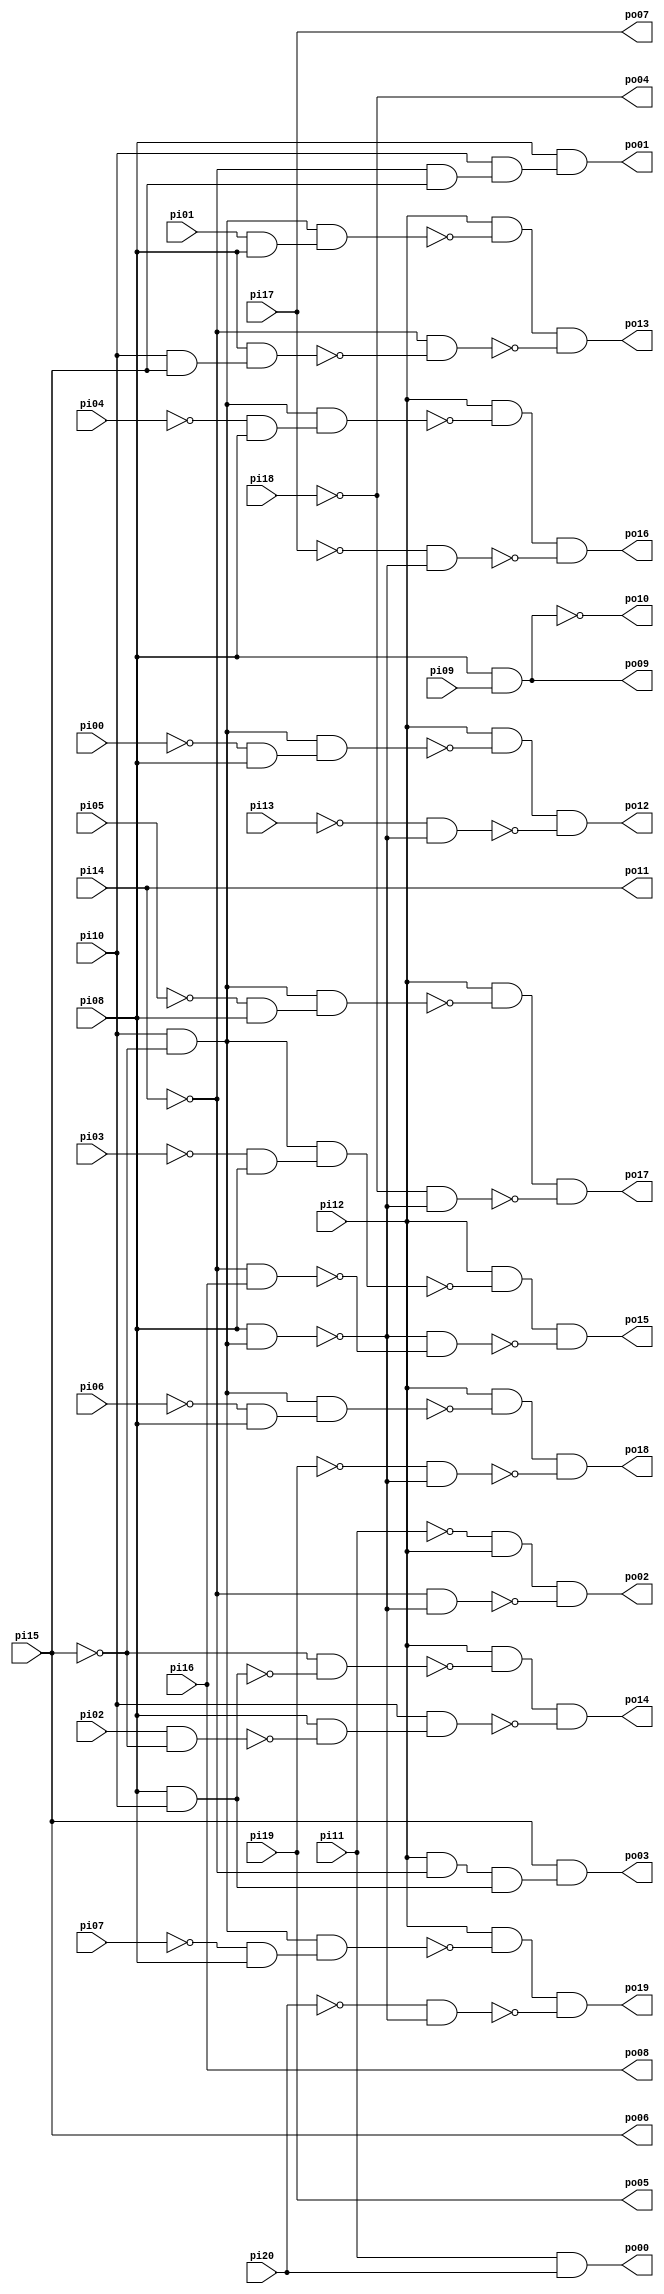
// Benchmark "cc" written by ABC on Sun Apr 22 21:42:59 2018

module cc ( 
    pi00, pi01, pi02, pi03, pi04, pi05, pi06, pi07, pi08, pi09, pi10, pi11,
    pi12, pi13, pi14, pi15, pi16, pi17, pi18, pi19, pi20,
    po00, po01, po02, po03, po04, po05, po06, po07, po08, po09, po10, po11,
    po12, po13, po14, po15, po16, po17, po18, po19  );
  input  pi00, pi01, pi02, pi03, pi04, pi05, pi06, pi07, pi08, pi09,
    pi10, pi11, pi12, pi13, pi14, pi15, pi16, pi17, pi18, pi19, pi20;
  output po00, po01, po02, po03, po04, po05, po06, po07, po08, po09, po10,
    po11, po12, po13, po14, po15, po16, po17, po18, po19;
  wire n43, n44, n46, n47, n48, n49, n51, n52, n53, n56, n57, n58, n59, n61,
    n62, n63, n64, n65, n66, n68, n69, n70, n71, n72, n74, n75, n76, n77,
    n78, n80, n81, n82, n83, n85, n86, n87, n88, n90, n91, n92, n93, n95,
    n96, n97, n98;
  assign po00 = pi11 & pi20;
  assign n43 = ~pi14 & pi15;
  assign n44 = pi10 & n43;
  assign po01 = pi08 & n44;
  assign n46 = pi10 & ~pi15;
  assign n47 = pi08 & n46;
  assign n48 = ~pi11 & pi12;
  assign n49 = ~pi14 & ~n47;
  assign po02 = n48 & ~n49;
  assign n51 = pi12 & ~pi14;
  assign n52 = pi08 & pi10;
  assign n53 = n51 & n52;
  assign po03 = pi15 & n53;
  assign po09 = pi08 & pi09;
  assign n56 = ~pi00 & pi08;
  assign n57 = n46 & n56;
  assign n58 = pi12 & ~n57;
  assign n59 = ~pi13 & ~n47;
  assign po12 = n58 & ~n59;
  assign n61 = pi10 & pi15;
  assign n62 = pi08 & n61;
  assign n63 = pi01 & pi08;
  assign n64 = n46 & n63;
  assign n65 = pi12 & ~n64;
  assign n66 = ~pi14 & ~n62;
  assign po13 = n65 & ~n66;
  assign n68 = pi02 & ~pi15;
  assign n69 = ~pi15 & ~n52;
  assign n70 = pi12 & ~n69;
  assign n71 = pi08 & ~n68;
  assign n72 = pi10 & n71;
  assign po14 = n70 & ~n72;
  assign n74 = ~pi03 & pi08;
  assign n75 = n46 & n74;
  assign n76 = pi12 & ~n75;
  assign n77 = ~pi14 & pi16;
  assign n78 = ~n47 & ~n77;
  assign po15 = n76 & ~n78;
  assign n80 = ~pi04 & pi08;
  assign n81 = n46 & n80;
  assign n82 = pi12 & ~n81;
  assign n83 = ~pi17 & ~n47;
  assign po16 = n82 & ~n83;
  assign n85 = ~pi05 & pi08;
  assign n86 = n46 & n85;
  assign n87 = pi12 & ~n86;
  assign n88 = ~pi18 & ~n47;
  assign po17 = n87 & ~n88;
  assign n90 = ~pi06 & pi08;
  assign n91 = n46 & n90;
  assign n92 = pi12 & ~n91;
  assign n93 = ~pi19 & ~n47;
  assign po18 = n92 & ~n93;
  assign n95 = ~pi07 & pi08;
  assign n96 = n46 & n95;
  assign n97 = pi12 & ~n96;
  assign n98 = ~pi20 & ~n47;
  assign po19 = n97 & ~n98;
  assign po04 = ~pi18;
  assign po10 = ~po09;
  assign po05 = pi19;
  assign po06 = pi15;
  assign po07 = pi17;
  assign po08 = pi16;
  assign po11 = pi14;
endmodule